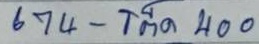
674 - โต๊ด 400